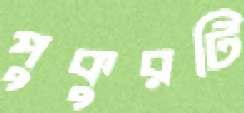
পুকুরটি